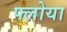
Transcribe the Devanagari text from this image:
फ्लोया